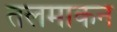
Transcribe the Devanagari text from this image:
तलमाकन